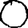
Digit: 0